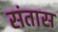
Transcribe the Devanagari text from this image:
संतास